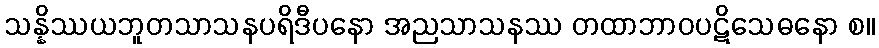
သန္နိဿယဘူတသာသနပရိဒီပနော အညသာသနဿ တထာဘာဝပဋိသေဓနော စ။